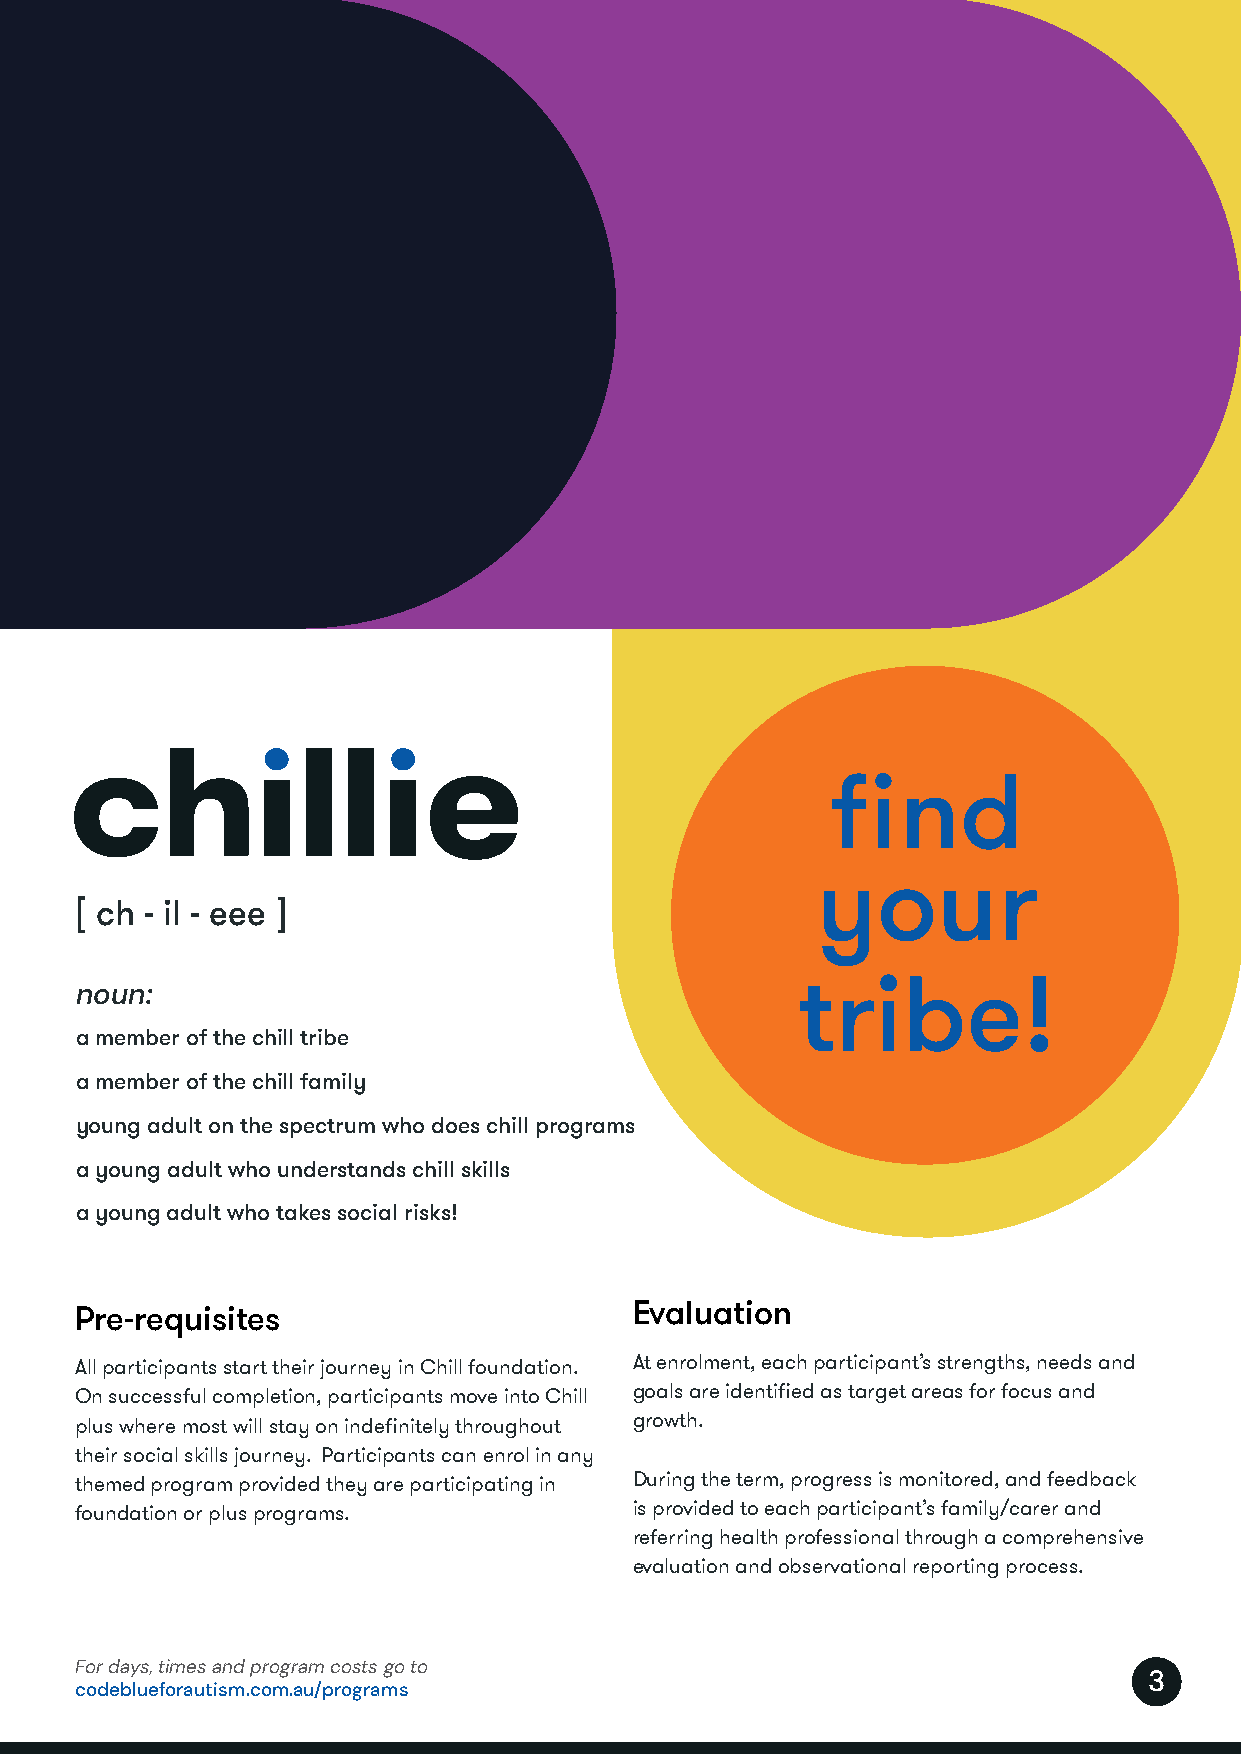
find
 your
 [ ch - il - eee ]
 noun:                                           tribe!
 a member of the chill tribe
 a member of the chill family
 young adult on the spectrum who does chill programs
 a young adult who understands chill skills
 a young adult who takes social risks!
 Pre-requisites                       Evaluation
 All participants start their journey in Chill foundation. At enrolment, each participant’s strengths, needs and
 On successful completion, participants move into Chill goals are identified as target areas for focus and
 plus where most will stay on indefinitely throughout growth.
 their social skills journey. Participants can enrol in any
 themed program provided they are participating in During the term, progress is monitored, and feedback
 foundation or plus programs.         is provided to each participant’s family/carer and
 referring health professional through a comprehensive
 evaluation and observational reporting process.
 For days, times and program costs go to
 3
 codeblueforautism.com.au/programs